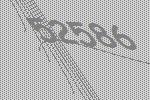
52586